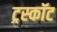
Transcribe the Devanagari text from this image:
ट्रस्कॉट